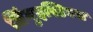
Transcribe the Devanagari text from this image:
लिंगुइस्टिक्स